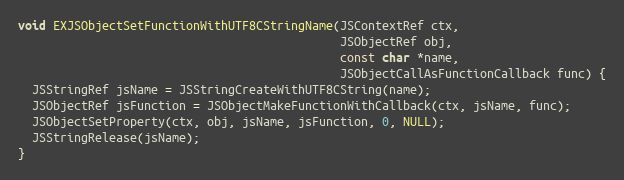
Language: C
void EXJSObjectSetFunctionWithUTF8CStringName(JSContextRef ctx,
                                              JSObjectRef obj,
                                              const char *name,
                                              JSObjectCallAsFunctionCallback func) {
  JSStringRef jsName = JSStringCreateWithUTF8CString(name);
  JSObjectRef jsFunction = JSObjectMakeFunctionWithCallback(ctx, jsName, func);
  JSObjectSetProperty(ctx, obj, jsName, jsFunction, 0, NULL);
  JSStringRelease(jsName);
}